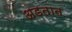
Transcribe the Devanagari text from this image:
अडतात